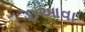
ઇઆવા